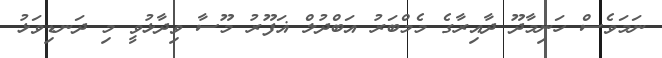
ނަމަވެސް ހަނިމާދޫ ދާއިރާގެ މެމްބަރު އަބްދުލް ޣަފޫރު މޫސާ ވިދާޅުވީ މި ދަނޑިވަޅު